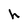
Character: h